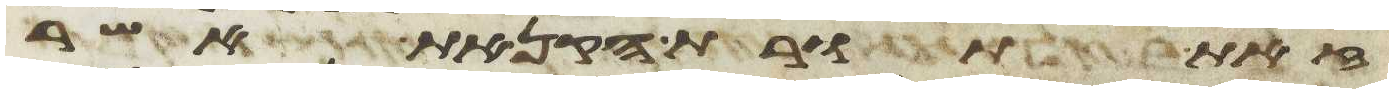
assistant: זאת תורת הקנאת אשר